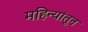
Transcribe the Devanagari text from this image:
महिन्‍यांतून